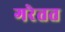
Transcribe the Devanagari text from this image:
गरेतत